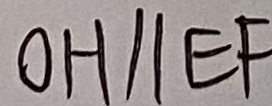
0 H / / E F